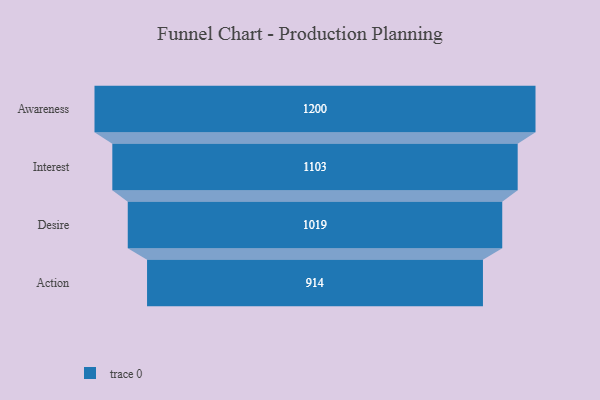
{"axis": {"x": "Stage", "y": "Value"}, "legend": [""], "data": [{"x": "Awareness", "y": 1200.0, "type": ""}, {"x": "Interest", "y": 1103.0, "type": ""}, {"x": "Desire", "y": 1019.0, "type": ""}, {"x": "Action", "y": 914.0, "type": ""}]}